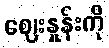
ဈေးနှုန်းကို